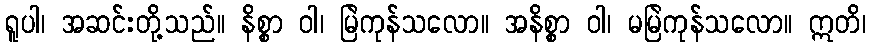
ရူပါ၊ အဆင်းတို့သည်။ နိစ္စာ ဝါ၊ မြဲကုန်သလော။ အနိစ္စာ ဝါ၊ မမြဲကုန်သလော။ ဣတိ၊